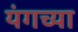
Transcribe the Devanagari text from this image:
यंगच्या